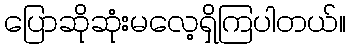
ပြောဆိုဆုံးမလေ့ရှိကြပါတယ်။